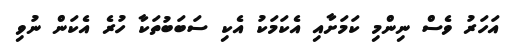
އަހަރު ވެސް ނިންމި ކަމަށާއި އެކަމަކު އެކި ސަބަބުތަކާ ހުރެ އެކަން ނުވި